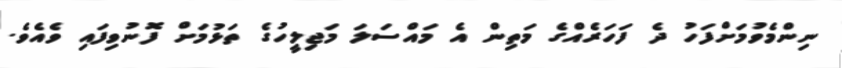
ނިންމެވުމަށްފަހު ދެ ފަހަރެއްގެ މަތިން އެ މައްސަލަ މަޖިލީހުގެ ތަޅުމަށް ފޮނުވިފައި ވެއެވެ.